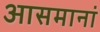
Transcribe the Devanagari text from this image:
आसमानां